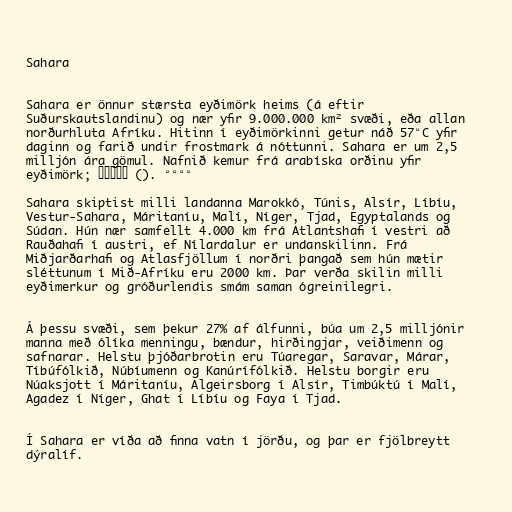
Sahara

Sahara er önnur stærsta eyðimörk heims (á eftir
Suðurskautslandinu) og nær yfir 9.000.000 km² svæði, eða allan
norðurhluta Afríku. Hitinn í eyðimörkinni getur náð 57°C yfir
daginn og farið undir frostmark á nóttunni. Sahara er um 2,5
milljón ára gömul. Nafnið kemur frá arabíska orðinu yfir
eyðimörk; صحراء (). °°°°

Sahara skiptist milli landanna Marokkó, Túnis, Alsír, Líbíu,
Vestur-Sahara, Máritaníu, Malí, Níger, Tjad, Egyptalands og
Súdan. Hún nær samfellt 4.000 km frá Atlantshafi í vestri að
Rauðahafi í austri, ef Nílardalur er undanskilinn. Frá
Miðjarðarhafi og Atlasfjöllum í norðri þangað sem hún mætir
sléttunum í Mið-Afríku eru 2000 km. Þar verða skilin milli
eyðimerkur og gróðurlendis smám saman ógreinilegri.

Á þessu svæði, sem þekur 27% af álfunni, búa um 2,5 milljónir
manna með ólíka menningu, bændur, hirðingjar, veiðimenn og
safnarar. Helstu þjóðarbrotin eru Túaregar, Saravar, Márar,
Tíbúfólkið, Núbíumenn og Kanúrífólkið. Helstu borgir eru
Núaksjott í Máritaníu, Algeirsborg í Alsír, Timbúktú í Malí,
Agadez í Níger, Ghat í Líbíu og Faya í Tjad.

Í Sahara er víða að finna vatn í jörðu, og þar er fjölbreytt
dýralíf.